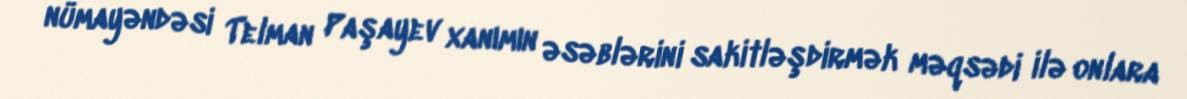
nümayəndəsi Telman Paşayev xanımın əsəblərini sakitləşdirmək məqsədi ilə onlara